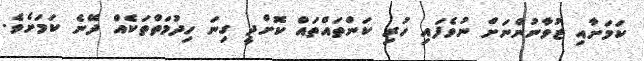
ކަމަށާއި ޒުވާނުންނަށް ނުވެފައި ހުރި ކަންތައްތައް ކޮށްދީ ގިނަ ހިދުމަތްތަކެއް ދޭނެ ކަމަށެވެ.